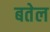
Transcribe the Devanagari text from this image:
बतेल